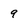
Character: 9